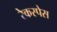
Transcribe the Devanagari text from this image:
रेकस्पेस